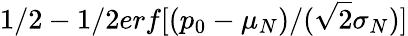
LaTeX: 1/2-1/2erf[(p_{0}-\mu_{N})/(\sqrt{2}\sigma_{N})]